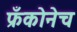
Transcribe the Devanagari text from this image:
फ्रँकोनेच